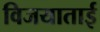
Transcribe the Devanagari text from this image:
विजयाताई